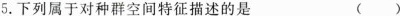
5.下列属于对种群空间特征描述的是 ( )